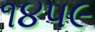
૧૪૫૯